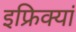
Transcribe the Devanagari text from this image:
इफ्रिक्यां